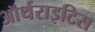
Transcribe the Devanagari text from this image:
ऑर्थराइटिस